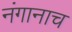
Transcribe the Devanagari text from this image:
नंगानाच